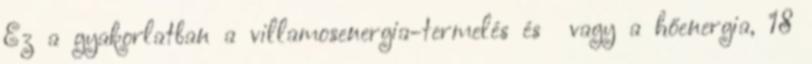
Ez a gyakorlatban a villamosenergia-termelés és vagy a hőenergia, 18